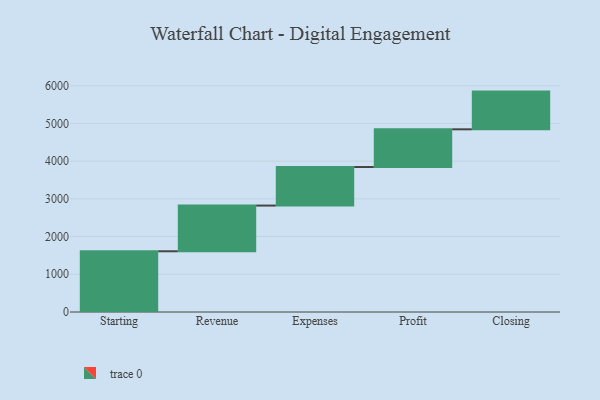
{"axis": {"x": "Step", "y": "Value"}, "legend": [""], "data": [{"x": "Starting", "y": 1610.0, "type": ""}, {"x": "Revenue", "y": 1212.0, "type": ""}, {"x": "Expenses", "y": 1022.0, "type": ""}, {"x": "Profit", "y": 1000, "type": ""}, {"x": "Closing", "y": 1000, "type": ""}]}